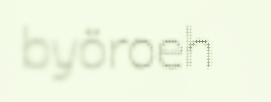
byöroeh